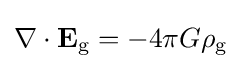
\nabla \cdot \mathbf {E} _{\text{g}}=-4\pi G\rho _{\text{g}}\